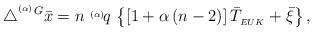
LaTeX: \begin{align*}\triangle^{^{_{(\alpha)}}G}\bar{x}=n\ ^{_{(\alpha)}}\!q\, \left \{[1+\alpha \,(n-2)]\, \bar{T}_{_{EUK}}+\bar{\xi}\right \} , \end{align*}